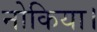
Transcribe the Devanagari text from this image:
नोकिया।